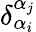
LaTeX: \delta_{{\alpha}_{i}}^{{\alpha}_{j}}